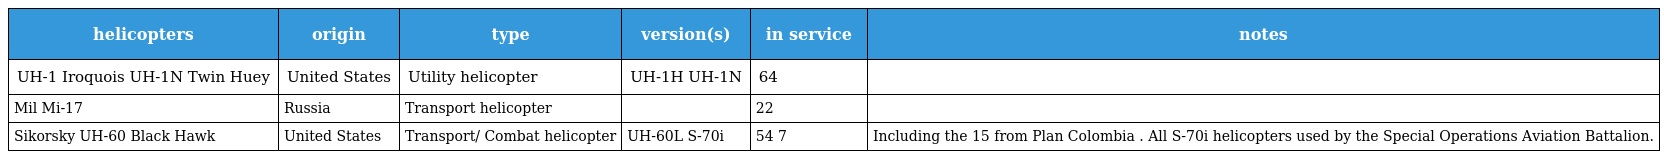
| helicopters | origin | type | version(s) | in service | notes |
 | --- | --- | --- | --- | --- | --- |
 | UH-1 Iroquois UH-1N Twin Huey | United States | Utility helicopter | UH-1H UH-1N | 64 |  |
 | Mil Mi-17 | Russia | Transport helicopter |  | 22 |  |
 | Sikorsky UH-60 Black Hawk | United States | Transport/ Combat helicopter | UH-60L S-70i | 54 7 | Including the 15 from Plan Colombia . All S-70i helicopters used by the Special Operations Aviation Battalion. |